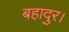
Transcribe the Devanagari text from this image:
बहादुर।